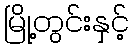
မြို့တွင်းနှင့်